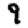
Digit: 9